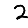
Digit: 2